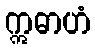
ဣဓာဟံ